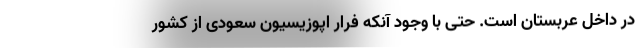
در داخل عربستان است. حتی با وجود آنکه فرار اپوزیسیون سعودی از کشور